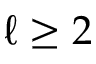
\ell \geq 2